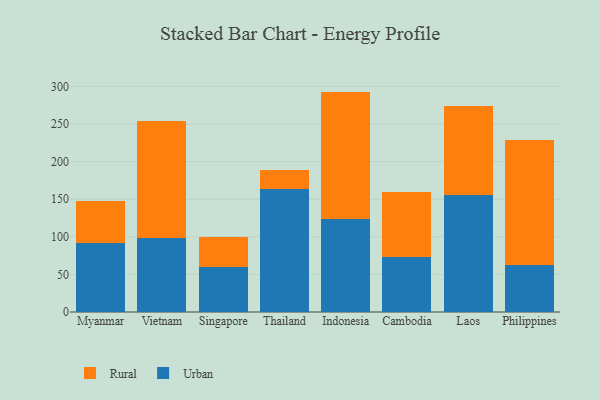
{"axis": {"x": "Country", "y": "Temperature (°C)"}, "legend": ["Rural", "Urban"], "data": [{"x": "Myanmar", "y": 92.0, "type": "Urban"}, {"x": "Myanmar", "y": 55.2, "type": "Rural"}, {"x": "Vietnam", "y": 99.0, "type": "Urban"}, {"x": "Vietnam", "y": 155.3, "type": "Rural"}, {"x": "Singapore", "y": 59.5, "type": "Urban"}, {"x": "Singapore", "y": 40.4, "type": "Rural"}, {"x": "Thailand", "y": 163.3, "type": "Urban"}, {"x": "Thailand", "y": 25.9, "type": "Rural"}, {"x": "Indonesia", "y": 124.1, "type": "Urban"}, {"x": "Indonesia", "y": 169.0, "type": "Rural"}, {"x": "Cambodia", "y": 72.7, "type": "Urban"}, {"x": "Cambodia", "y": 86.3, "type": "Rural"}, {"x": "Laos", "y": 155.6, "type": "Urban"}, {"x": "Laos", "y": 118.1, "type": "Rural"}, {"x": "Philippines", "y": 62.4, "type": "Urban"}, {"x": "Philippines", "y": 166.1, "type": "Rural"}]}